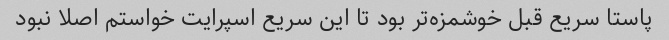
پاستا سریع قبل خوشمزه‌تر بود تا این سریع اسپرایت خواستم اصلا نبود